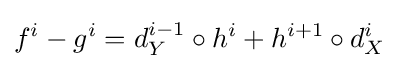
f^{i}-g^{i}=d_{Y}^{i-1}\circ h^{i}+h^{i+1}\circ d_{X}^{i}